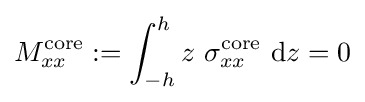
M_{xx}^{\mathrm {core} }:=\int _{-h}^{h}z~\sigma _{xx}^{\mathrm {core} }~\mathrm {d} z=0